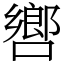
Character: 㗽